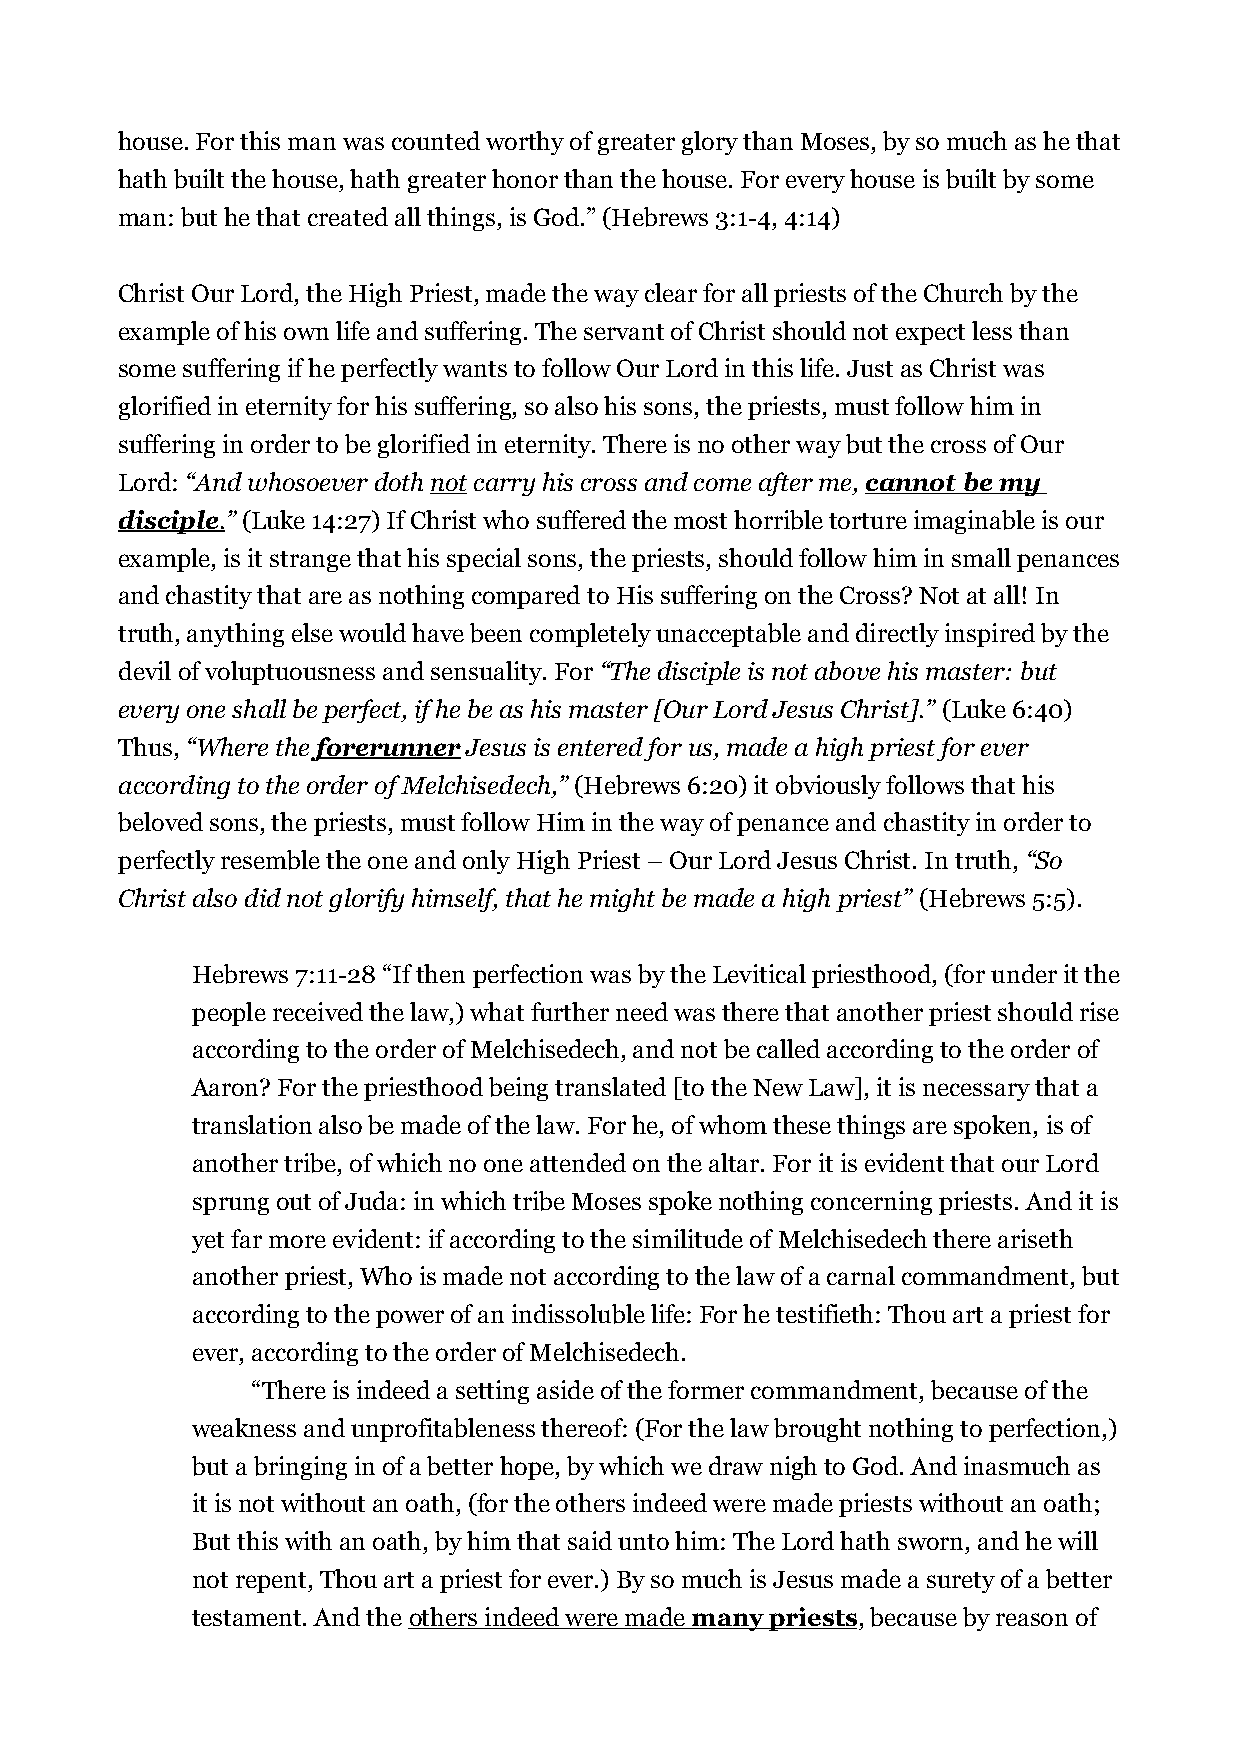
house. For this man was counted worthy of greater glory than Moses, by so much as he that
 hath built the house, hath greater honor than the house. For every house is built by some
 man: but he that created all things, is God.” (Hebrews 3:1-4, 4:14)
 Christ Our Lord, the High Priest, made the way clear for all priests of the Church by the
 example of his own life and suffering. The servant of Christ should not expect less than
 some suffering if he perfectly wants to follow Our Lord in this life. Just as Christ was
 glorified in eternity for his suffering, so also his sons, the priests, must follow him in
 suffering in order to be glorified in eternity. There is no other way but the cross of Our
 Lord: “And whosoever doth not carry his cross and come after me, cannot be my
 disciple . ” (Luke 14:27) If Christ who suffered the most horrible torture imaginable is our
 example, is it strange that his special sons, the priests, should follow him in small penances
 and chastity that are as nothing compared to His suffering on the Cross? Not at all! In
 truth, anything else would have been completely unacceptable and directly inspired by the
 devil of voluptuousness and sensuality. For “The disciple is not above his master: but
 every one shall be perfect, if he be as his master [Our Lord Jesus Christ].” (Luke 6:40)
 Thus, “Where the forerunner Jesus is entered for us, made a high priest for ever
 according to the order of Melchisedech,” (Hebrews 6:20) it obviously follows that his
 beloved sons, the priests, must follow Him in the way of penance and chastity in order to
 perfectly resemble the one and only High Priest – Our Lord Jesus Christ. In truth, “So
 Christ also did not glorify himself, that he might be made a high priest” (Hebrews 5:5).
 Hebrews 7:11-28 “If then perfection was by the Levitical priesthood, (for under it the
 people received the law,) what further need was there that another priest should rise
 according to the order of Melchisedech, and not be called according to the order of
 Aaron? For the priesthood being translated [to the New Law], it is necessary that a
 translation also be made of the law. For he, of whom these things are spoken, is of
 another tribe, of which no one attended on the altar. For it is evident that our Lord
 sprung out of Juda: in which tribe Moses spoke nothing concerning priests. And it is
 yet far more evident: if according to the similitude of Melchisedech there ariseth
 another priest, Who is made not according to the law of a carnal commandment, but
 according to the power of an indissoluble life: For he testifieth: Thou art a priest for
 ever, according to the order of Melchisedech.
 “There is indeed a setting aside of the former commandment, because of the
 weakness and unprofitableness thereof: (For the law brought nothing to perfection,)
 but a bringing in of a better hope, by which we draw nigh to God. And inasmuch as
 it is not without an oath, (for the others indeed were made priests without an oath;
 But this with an oath, by him that said unto him: The Lord hath sworn, and he will
 not repent, Thou art a priest for ever.) By so much is Jesus made a surety of a better
 testament. And the others indeed were made many priests , because by reason of